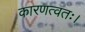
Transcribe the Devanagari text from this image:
कारणत्वतः।